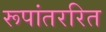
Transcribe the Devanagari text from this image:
रूपांतररित